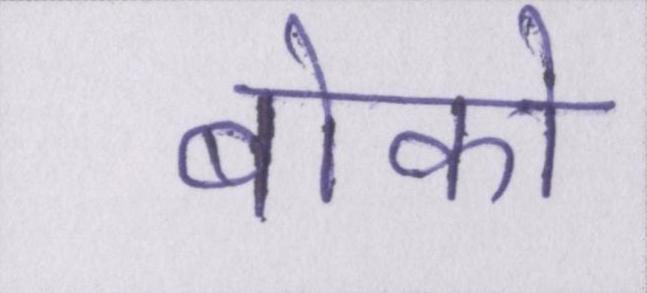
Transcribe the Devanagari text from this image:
बोको